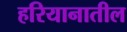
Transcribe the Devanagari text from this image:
हरियानातील